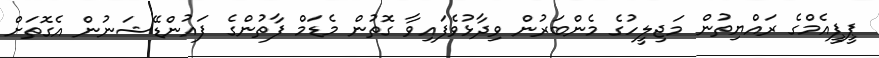
ޕީޕީއެމްގެ ރައްޔިތުން މަޖިލީހުގެ މެންބަރުން ވިދާޅުވެފައިވާ ގޮތުން މެޑަމް ފާތުންގެ ފައުންޑޭޝަނުން އެގޮތަށް